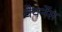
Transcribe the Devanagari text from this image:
वेयर्नेस